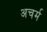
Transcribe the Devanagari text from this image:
अचर्म